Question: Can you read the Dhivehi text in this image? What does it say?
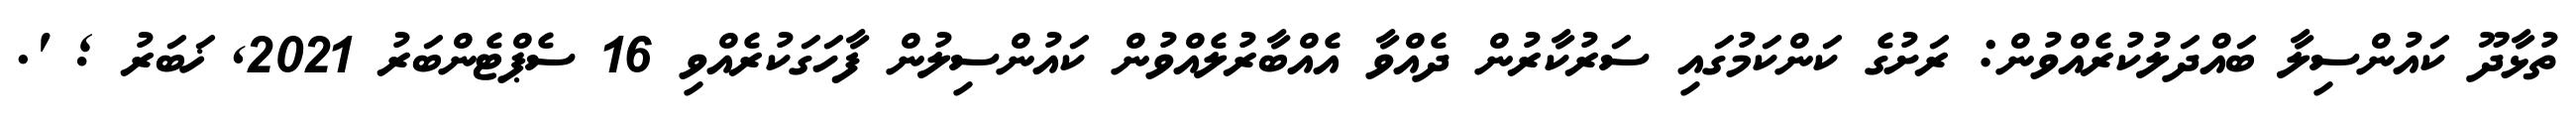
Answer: ތުޅާދޫ ކައުންސިލާ ބައްދަލުކުރެއްވުން: ރަށުގެ ކަންކަމުގައި ސަރުކާރުން ދެއްވާ އެއްބާރުލެއްވުން ކައުންސިލުން ފާހަގަކުރެއްވި 16 ސެޕްޓެންބަރު 2021, ޚަބަރު ; '.